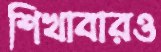
শিখাবারও